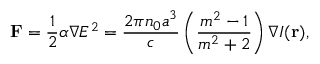
\mathbf { F } = { \frac { 1 } { 2 } } \alpha \nabla E ^ { 2 } = { \frac { 2 \pi n _ { 0 } a ^ { 3 } } { c } } \left( { \frac { m ^ { 2 } - 1 } { m ^ { 2 } + 2 } } \right) \nabla I ( \mathbf { r } ) ,